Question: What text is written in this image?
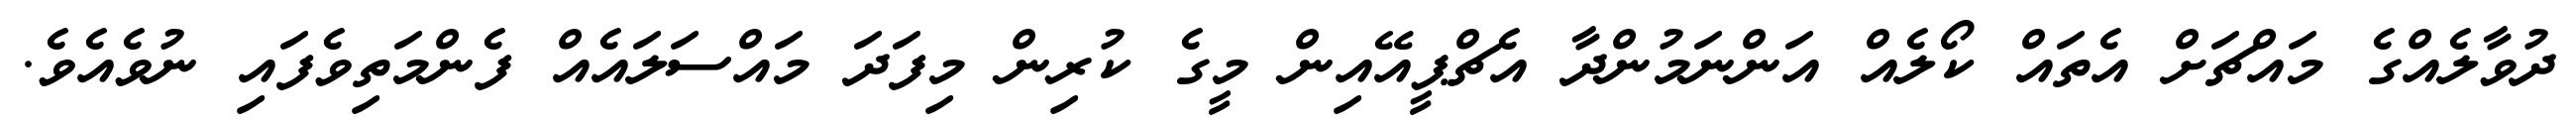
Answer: ދުވާލެއްގެ މައްޗަށް އެތައް ކޯލެއް އަންނަމުންދާ އެޗްޕީއޭއިން މީގެ ކުރިން މިފަދަ މައްސަލައެއް ފެންމަތިވެފައި ނުވެއެވެ.